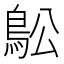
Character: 𲍜